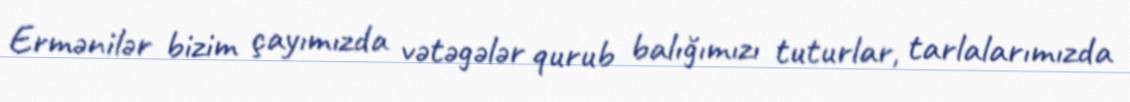
Ermənilər bizim çayımızda vətəgələr qurub balığımızı tuturlar, tarlalarımızda